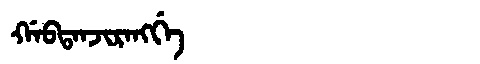
Manchu: ᡤᠠᠪᡨᠠᠨᠵᡳᡵᠠᠩᡤᡝ
Romanization: GABTANJIRANGGE